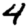
Digit: 4